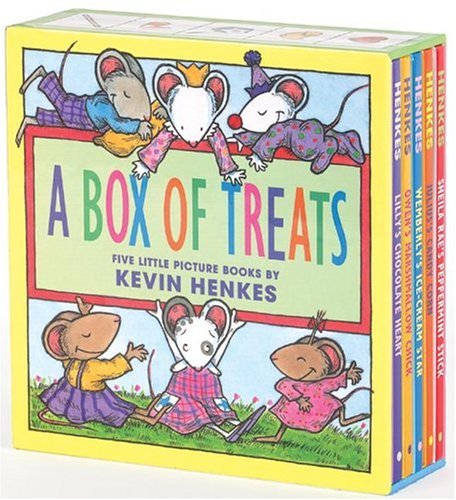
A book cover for A Box of Treats: Five Little Picture Books about Lilly and Her Friends; Kevin Henkes; Children's Books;